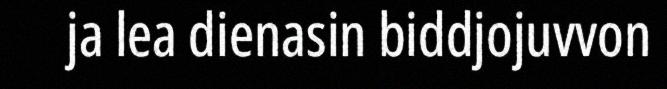
ja lea dienasin biddjojuvvon